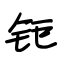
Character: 钜